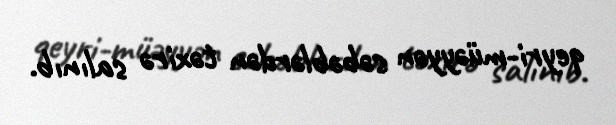
qeyri-müəyyən səbəblərdən təxirə salınıb.